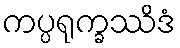
ကပ္ပရုက္ခဿိဒံ